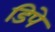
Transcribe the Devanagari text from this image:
डिपे